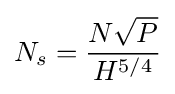
N_{s}={\frac {N{\sqrt {P}}}{H^{5/4}}}